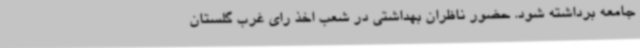
جامعه برداشته شود. حضور ناظران بهداشتی در شعب اخذ رای غرب گلستان